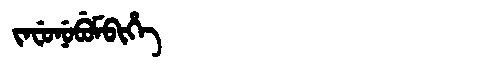
Manchu: ᠵᠠᠸᡠᠨᡠᠪᡠᠮᠪᡳᡥᡝ
Romanization: JAFUNUBUMBIHE